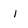
Character: I